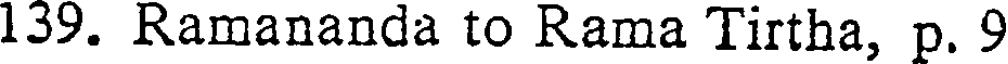
139. Ramananda to Rama Tirtha, p. 9